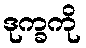
ဒုက္ခကို